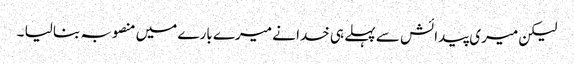
لیکن میری پیدائش سے پہلے ہی خدا نے میرے بارے میں منصوبہ بنا لیا ۔